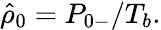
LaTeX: \begin{array}{r}{\hat{\rho}_{0}={P}_{0-}/T_{b}.}\end{array}